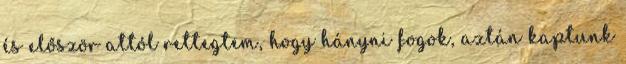
és először attól rettegtem, hogy hányni fogok, aztán kaptunk